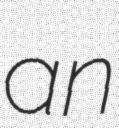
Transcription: an